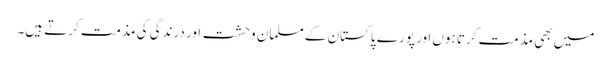
میں بھی مذمت کرتا ہوں اور پورے پاکستان کے مسلمان وحشت اور درندگی کی مذمت کرتے ہیں۔